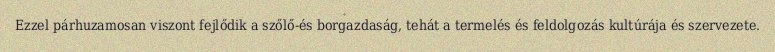
Ezzel párhuzamosan viszont fejlődik a szőlő-és borgazdaság, tehát a termelés és feldolgozás kultúrája és szervezete.